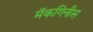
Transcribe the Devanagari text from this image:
मॅकगिनीस